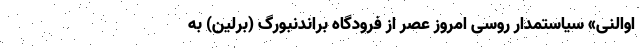
اوالنی» سیاستمدار روسی امروز عصر از فرودگاه براندنبورگ (برلین) به